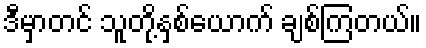
ဒီမှာတင် သူတို့နှစ်ယောက် ချစ်ကြတယ်။